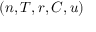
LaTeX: ( n , T , r , C , u )